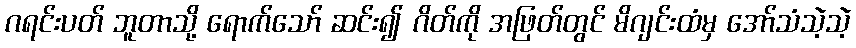
ဂရင်းပတ် ဘူတာသို့ ရောက်သော် ဆင်း၍ ဂိတ်ကို အဖြတ်တွင် မိဂျင်းထံမှ အော်သံသဲ့သဲ့